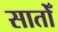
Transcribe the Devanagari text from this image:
सातोँ